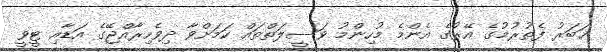
ޚަބަރު ފެތުރުމުގެ އޭރުގެ އެންމެ މުހިންމު ވަސީލަތްތައް ކަމަށްވާ ދިވެހިރާއްޖޭގެ އަޑާއި ޓީވީ